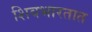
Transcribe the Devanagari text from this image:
शिवभारतात